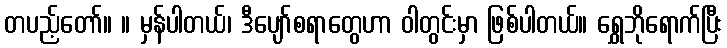
တပည့်တော်။ ။ မှန်ပါတယ်၊ ဒီပျော်စရာတွေဟာ ဝါတွင်းမှာ ဖြစ်ပါတယ်။ ရွှေဘိုရောက်ပြီး